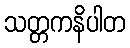
သတ္တကနိပါတ